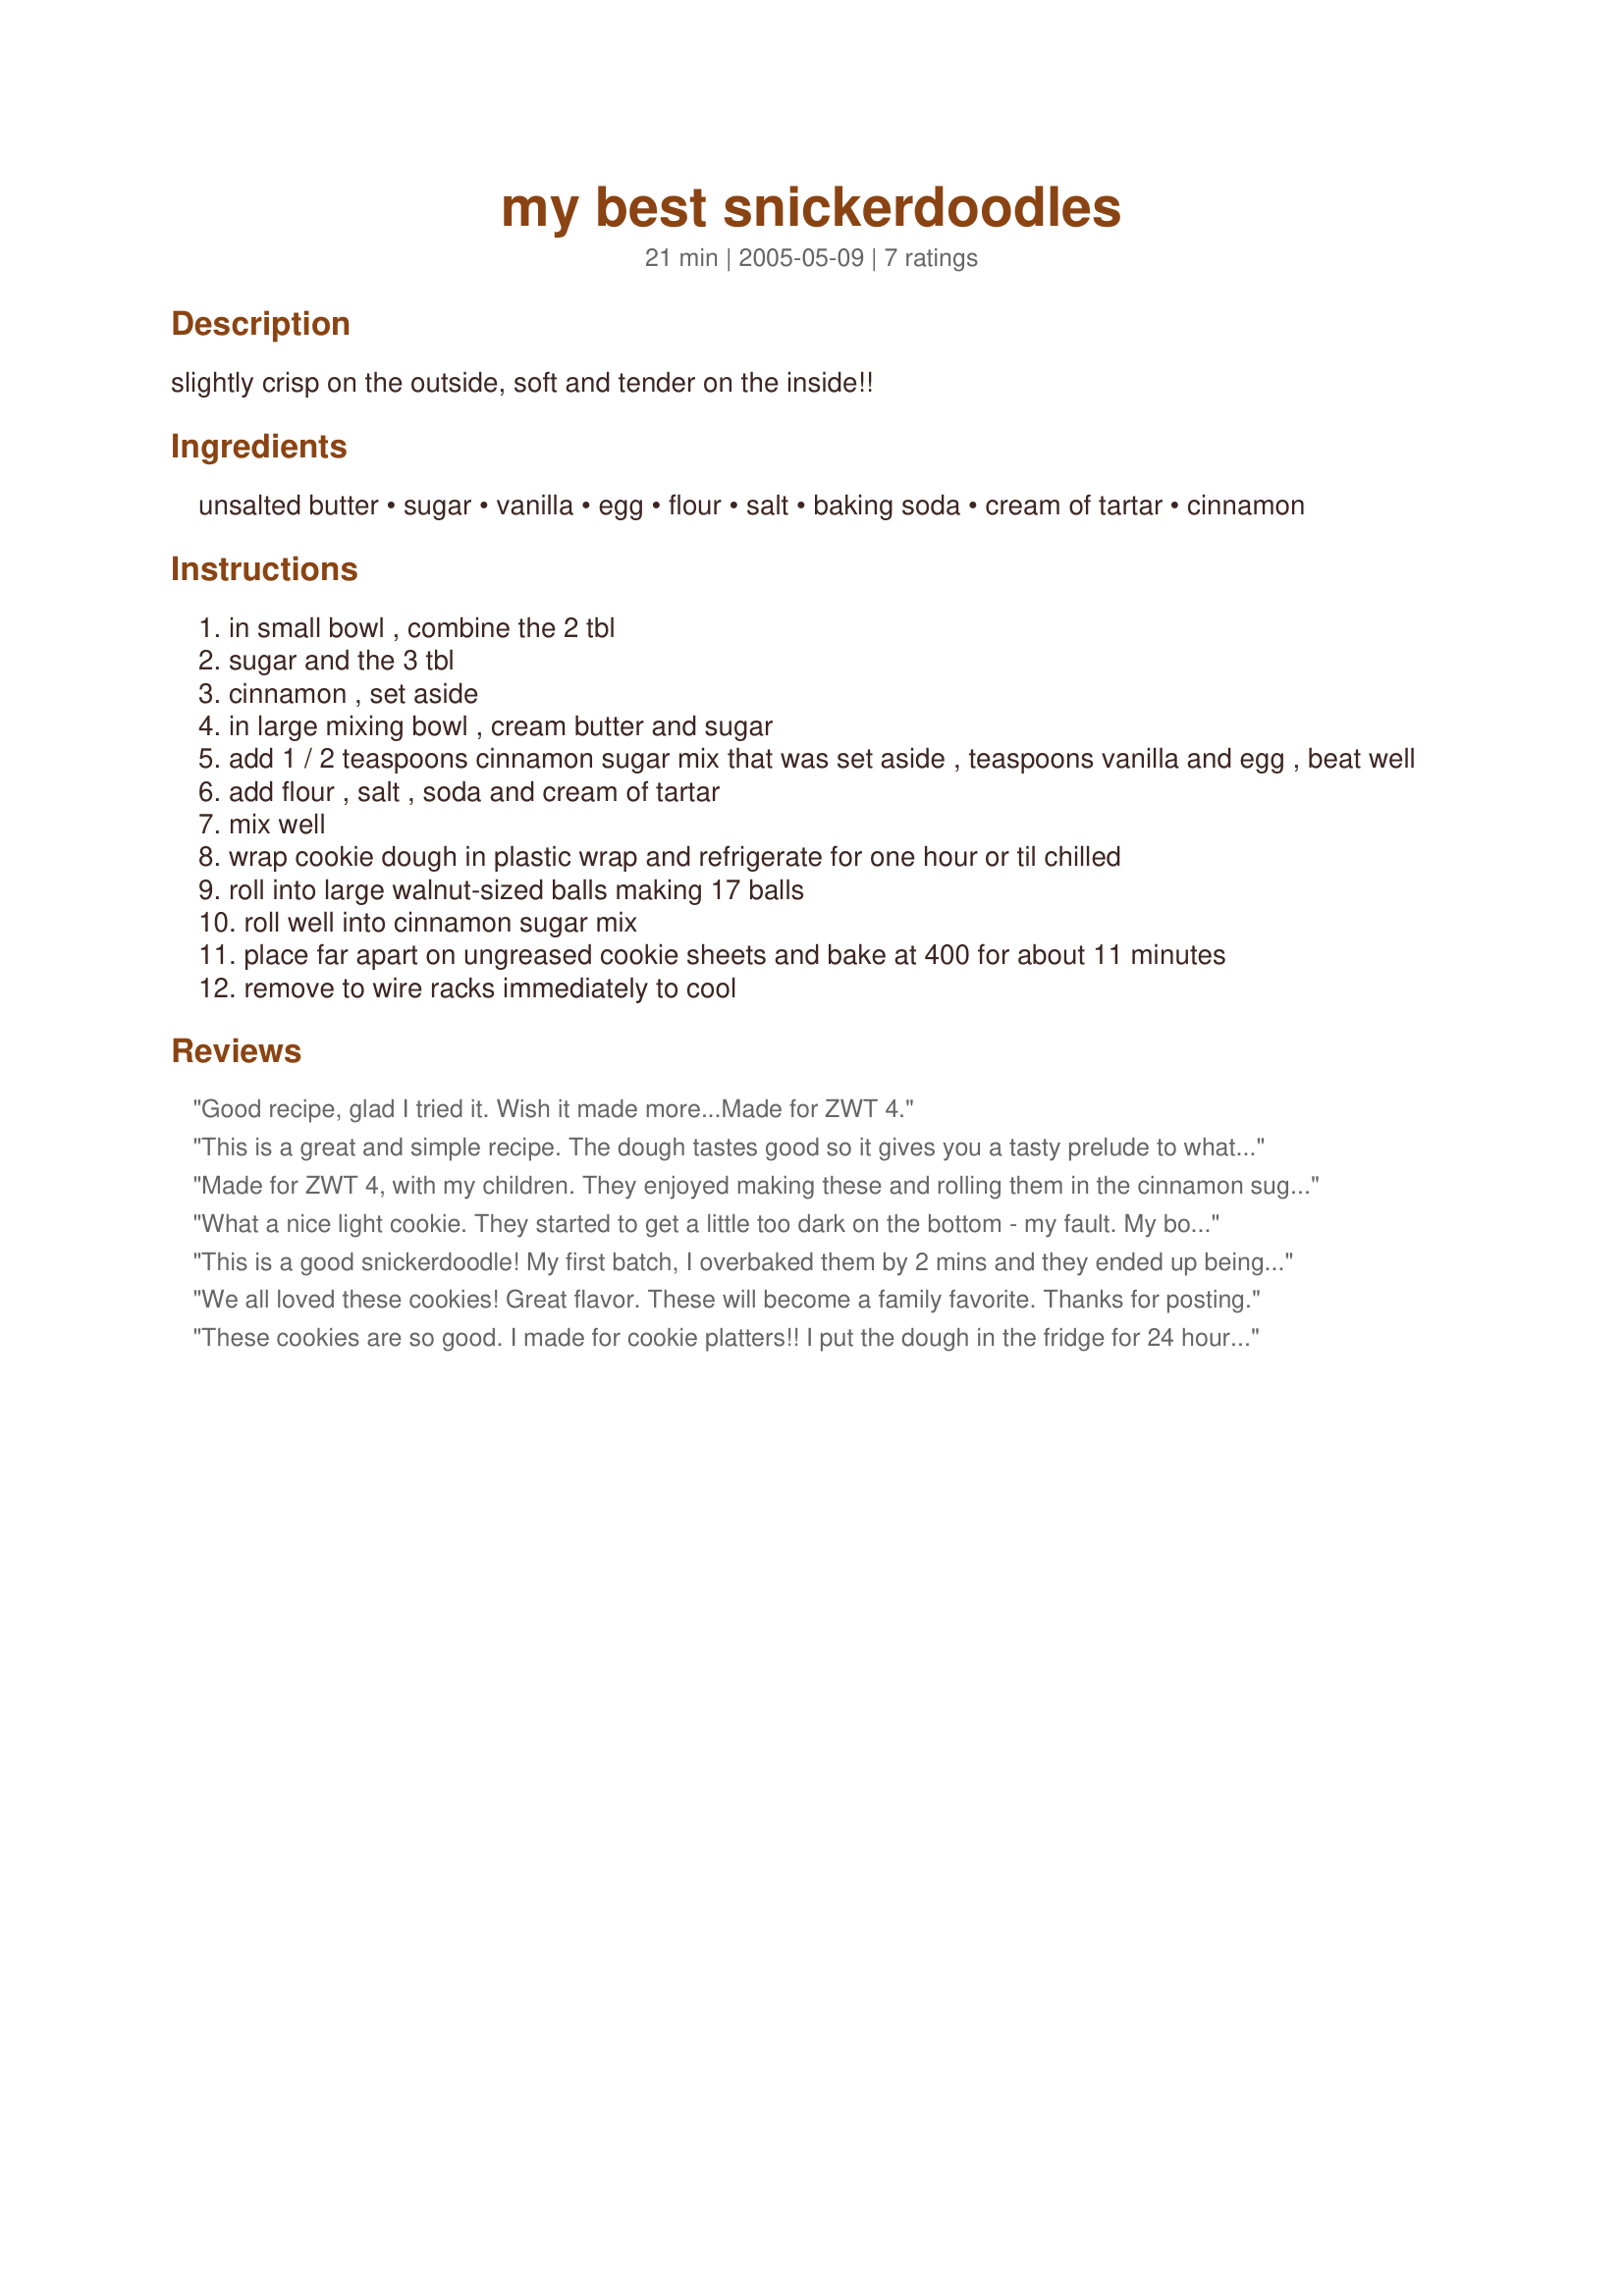
my best snickerdoodles
Preparation time: 21 minutes

slightly crisp on the outside, soft and tender on the inside!!

Ingredients:
unsalted butter, sugar, vanilla, egg, flour, salt, baking soda, cream of tartar, cinnamon

Steps:
in small bowl , combine the 2 tbl
sugar and the 3 tbl
cinnamon , set aside
in large mixing bowl , cream butter and sugar
add 1 / 2 teaspoons cinnamon sugar mix that was set aside , teaspoons vanilla and egg , beat well
add flour , salt , soda and cream of tartar
mix well
wrap cookie dough in plastic wrap and refrigerate for one hour or til chilled
roll into large walnut-sized balls making 17 balls
roll well into cinnamon sugar mix
place far apart on ungreased cookie sheets and bake at 400 for about 11 minutes
remove to wire racks immediately to cool

Reviews:
Good recipe, glad I tried it. Wish it made more...Made for ZWT 4.
This is a great and simple recipe. The dough tastes good so it gives you a tasty prelude to what comes out of the oven! I will make them for my class to see what they think.
Made for ZWT 4, with my children. They enjoyed making these and rolling them in the cinnamon sugar. They didn't last long with my family eating them as fast as we pulled them out.

The Mamma Mias!
What a nice light cookie. They started to get a little too dark on the bottom - my fault. My boys are always taking little blobs of the dough and loved it. Thanks...anna
This is a good snickerdoodle! My first batch, I overbaked them by 2 mins and they ended up being rock hard. Don't bake any longer than 11 mins!! They aren't as sweet as usual and that's what made them super yummy. Thanks Wildflour for another great recipe! Made for PAC Spring 2009.
We all loved these cookies! Great flavor. These will become a family favorite. Thanks for posting.
These cookies are so good. I made for cookie platters!! I put the dough in the fridge for 24 hours. Just wonderful, the thickness of the cookie had my friends wonder how I did that. Very soft and chewy, don't over bake these or they will be hard!!
